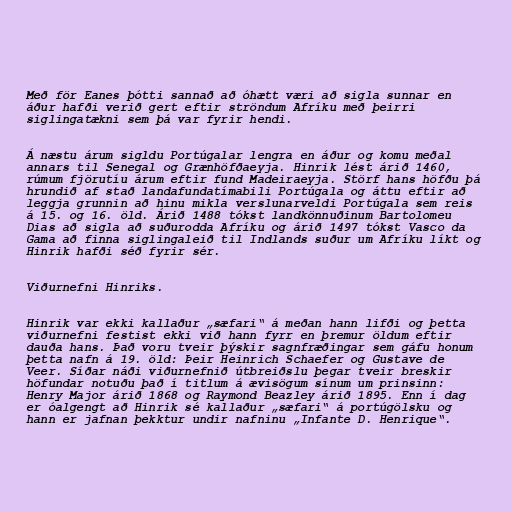
Með för Eanes þótti sannað að óhætt væri að sigla sunnar en
áður hafði verið gert eftir ströndum Afríku með þeirri
siglingatækni sem þá var fyrir hendi.

Á næstu árum sigldu Portúgalar lengra en áður og komu meðal
annars til Senegal og Grænhöfðaeyja. Hinrik lést árið 1460,
rúmum fjörutíu árum eftir fund Madeiraeyja. Störf hans höfðu þá
hrundið af stað landafundatímabili Portúgala og áttu eftir að
leggja grunnin að hinu mikla verslunarveldi Portúgala sem reis
á 15. og 16. öld. Árið 1488 tókst landkönnuðinum Bartolomeu
Dias að sigla að suðurodda Afríku og árið 1497 tókst Vasco da
Gama að finna siglingaleið til Indlands suður um Afríku líkt og
Hinrik hafði séð fyrir sér.

Viðurnefni Hinriks.

Hinrik var ekki kallaður „sæfari“ á meðan hann lifði og þetta
viðurnefni festist ekki við hann fyrr en þremur öldum eftir
dauða hans. Það voru tveir þýskir sagnfræðingar sem gáfu honum
þetta nafn á 19. öld: Þeir Heinrich Schaefer og Gustave de
Veer. Síðar náði viðurnefnið útbreiðslu þegar tveir breskir
höfundar notuðu það í titlum á ævisögum sínum um prinsinn:
Henry Major árið 1868 og Raymond Beazley árið 1895. Enn í dag
er óalgengt að Hinrik sé kallaður „sæfari“ á portúgölsku og
hann er jafnan þekktur undir nafninu „Infante D. Henrique“.